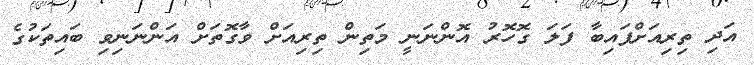
އަދި ތިރިއަށްފައިބާ ފަލަ ގޮހޮރު އޮންނަނީ މަތިން ތިރިއަށް ވާގޮތަށް އަންނަނިވި ބައިތަކުގެ